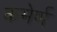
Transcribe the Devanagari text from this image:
कमेर्ण